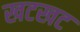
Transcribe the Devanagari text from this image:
खटखट